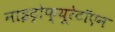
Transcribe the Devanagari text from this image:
नाइट्रोफ्यूरेटॉएन